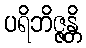
ပရိဘိဇ္ဇန္တိ